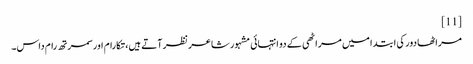
[11]
مراٹھا دور کی ابتدا میں مراٹھی کے دو انتہائی مشہور شاعر نظر آتے ہیں، تکارام اور سمرتھ رام داس۔